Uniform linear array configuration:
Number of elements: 48
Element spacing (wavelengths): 1
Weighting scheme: hamming
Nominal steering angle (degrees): -60
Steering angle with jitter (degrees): -58.02
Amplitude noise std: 0.05
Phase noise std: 0.05

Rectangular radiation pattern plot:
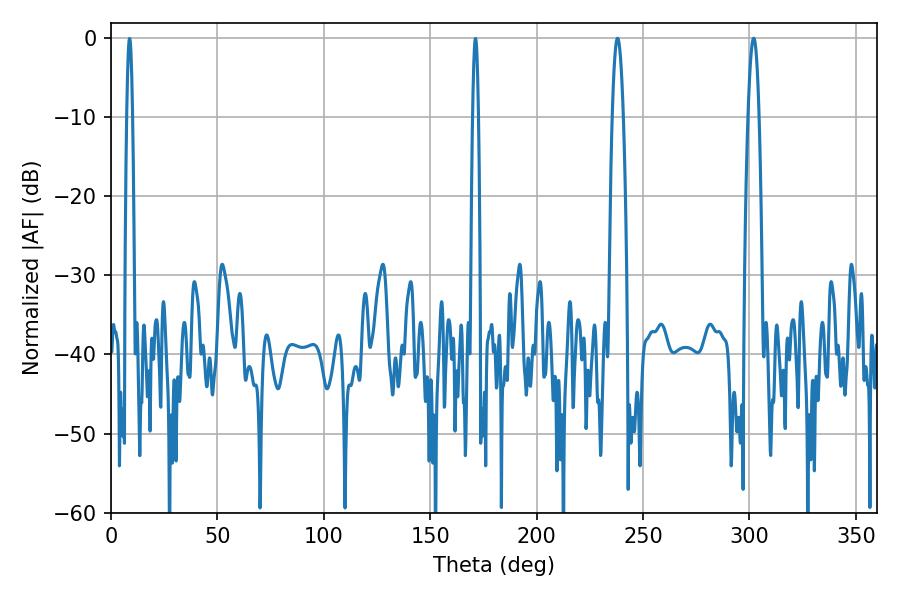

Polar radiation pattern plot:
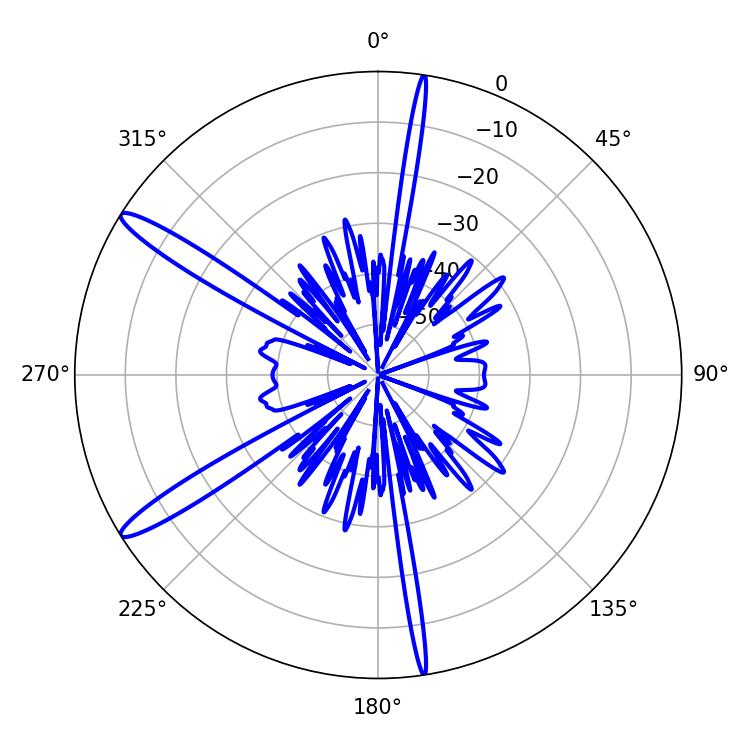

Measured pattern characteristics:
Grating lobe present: TRUE
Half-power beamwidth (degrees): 2.7
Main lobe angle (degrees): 237.96